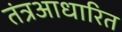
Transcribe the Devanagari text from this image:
तंत्रआधारित